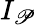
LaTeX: I_{\mathscr{P}}